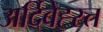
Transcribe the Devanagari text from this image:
अर्दिबेह्स्त